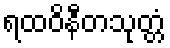
ရထဝိနီတသုတ္တံ